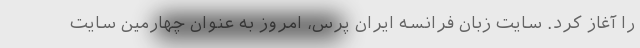
را آغاز کرد. سایت زبان فرانسه ایران پرس، امروز به عنوان چهارمین سایت